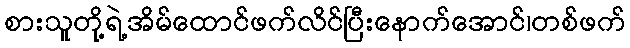
စားသူတို့ရဲ့အိမ်ထောင်ဖက်လိင်ပြီးနောက်အောင်၊တစ်ဖက်